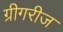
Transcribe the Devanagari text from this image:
ग्रीगरीज